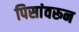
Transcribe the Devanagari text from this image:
पिसांवरून